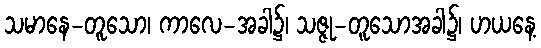
သမာနေ-တူသော၊ ကာလေ-အခါ၌၊ သဇ္ဇု-တူသောအခါ၌၊ ဟယနေ့